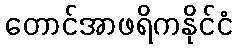
တောင်အာဖရိကနိုင်ငံ